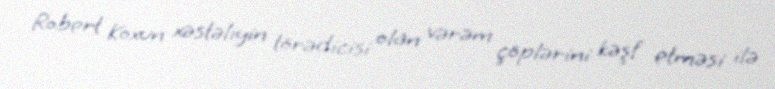
Robert Koxun xəstəliyin törədicisi olan vərəm çöplərini kəşf etməsi ilə